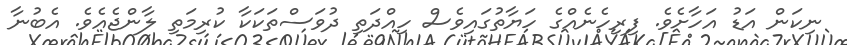
ނިކަން އަޑު އަހާށެވެ. ފިރިހެނެއްގެ ހަޔާތުގައިވެސް ހިއްދަތި ދުވަސްތަކަކާ ކުރިމަތި ލާންޖެއެވެ. އެބުނާ